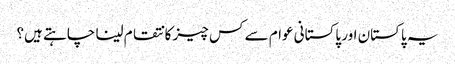
یہ پاکستان اور پاکستانی عوام سے کس چیز کا نتقام لینا چاہتے ہیں؟